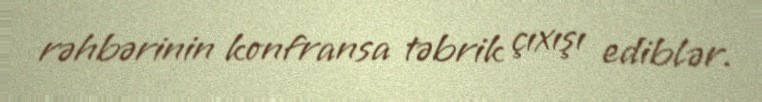
rəhbərinin konfransa təbrik çıxışı ediblər.